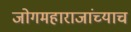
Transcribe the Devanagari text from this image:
जोगमहाराजांच्याच